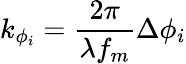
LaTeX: k_{\phi_{i}}=\frac{2\pi}{\lambda{f_{m}}}\Delta{\phi}_{i}